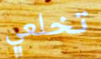
تخلعي